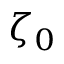
\zeta _ { 0 }